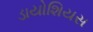
ડાયોશિયસ